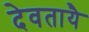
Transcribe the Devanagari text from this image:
देवतायै